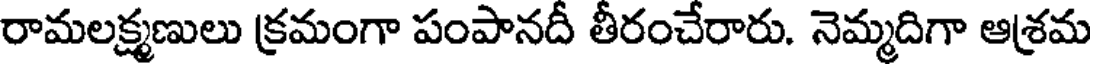
రామలక్ష్మణులు క్రమంగా పంపానదీ తీరంచేరారు. నెమ్మదిగా ఆశ్రమ